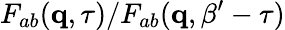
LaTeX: F_{ab}({\mathbf q},\tau)/F_{ab}({\mathbf q},\beta^{\prime}-\tau)